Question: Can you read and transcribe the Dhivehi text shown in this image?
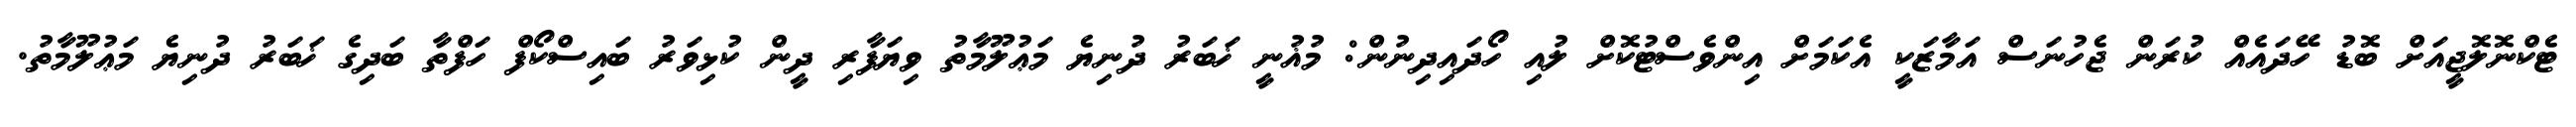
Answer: ޓެކްނޮލޮޖީއަށް ބޮޑު ހޭދައެއް ކުރަން ޖެހުނަސް އަމާޒަކީ އެކަމަށް އިންވެސްޓުކޮށް ލުއި ހޯދައިދިނުން: މުޣުނީ ޚަބަރު ދުނިޔެ މަޢުލޫމާތު ވިޔަފާރި ދީން ކުޅިވަރު ބައިސްކޯފް ހަފްތާ ބަދިގެ ޚަބަރު ދުނިޔެ މަޢުލޫމާތު.